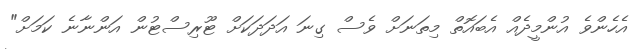
އެހެންވެ އުންމީދެއް އެބައޮތް މިތަނަށް ވެސް ގިނަ އަދަދަކަށް ޓޫރިސްޓުން އަންނާނެ ކަމަށް"